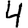
Digit: 4